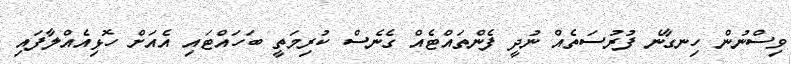
ވިސްނުން ހިނގާނެ ފުރުސަތެއް ނުދީ ފެންތައްޓެއް ގެނެސް ކުރިމަތީ ބަހައްޓައި އެއަށް ހޮޅިއެއްލާފައި